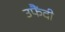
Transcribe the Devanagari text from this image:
उफैंदी